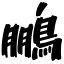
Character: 鵬